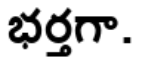
భర్తగా.